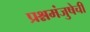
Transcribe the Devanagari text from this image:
प्रश्नमंजुषेची